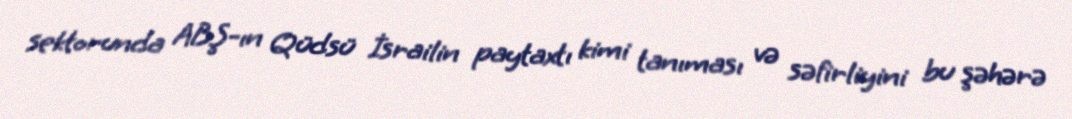
sektorunda ABŞ-ın Qüdsü İsrailin paytaxtı kimi tanıması və səfirliyini bu şəhərə